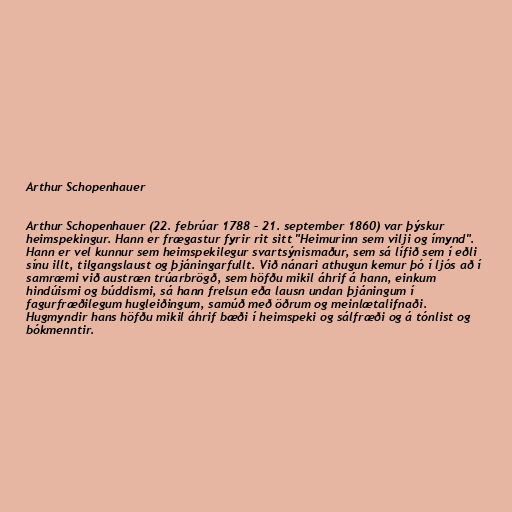
Arthur Schopenhauer

Arthur Schopenhauer (22. febrúar 1788 – 21. september 1860) var þýskur
heimspekingur. Hann er frægastur fyrir rit sitt "Heimurinn sem vilji og ímynd".
Hann er vel kunnur sem heimspekilegur svartsýnismaður, sem sá lífið sem í eðli
sínu illt, tilgangslaust og þjáningarfullt. Við nánari athugun kemur þó í ljós að í
samræmi við austræn trúarbrögð, sem höfðu mikil áhrif á hann, einkum
hindúismi og búddismi, sá hann frelsun eða lausn undan þjáningum í
fagurfræðilegum hugleiðingum, samúð með öðrum og meinlætalifnaði.
Hugmyndir hans höfðu mikil áhrif bæði í heimspeki og sálfræði og á tónlist og
bókmenntir.